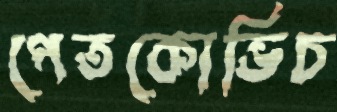
পেতকোভিচ